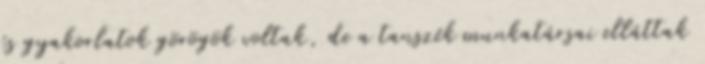
és gyakorlatok görögök voltak, de a tanszék munkatársai elláttak